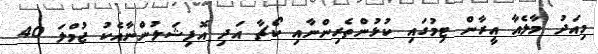
މިއަދު މާލެއާ އީރާން ޓިމުގައި ކުޅުންތެރިންނާއި ކޯޗާ އަދި އޮފިޝަލުންނާއެކު ޖުމްލަ 40